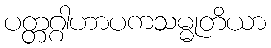
ပတ္တဂ္ဂါဟာပကသမ္မုတိယာ